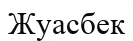
Жуасбек